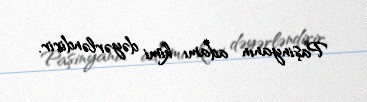
Paşinyanın adamı kimi dəyərləndirir.